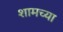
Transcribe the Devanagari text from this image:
शामच्या